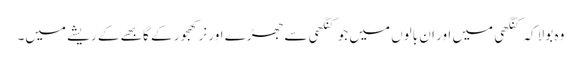
وہ بولا کہ کنگھی میں اور ان بالوں میں جو کنگھی سے جھڑے اور نر کھجور کے گابھے کے ریشے میں۔